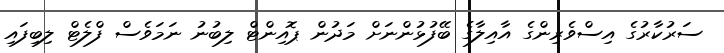
ސަރުކާރުގެ އިސްވެރިންގެ އާއިލާގެ ބޭފުޅުންނަށް މަދުން ޕޮއިންޓް ލިބުނު ނަމަވެސް ފްލެޓް ލިބިފައި